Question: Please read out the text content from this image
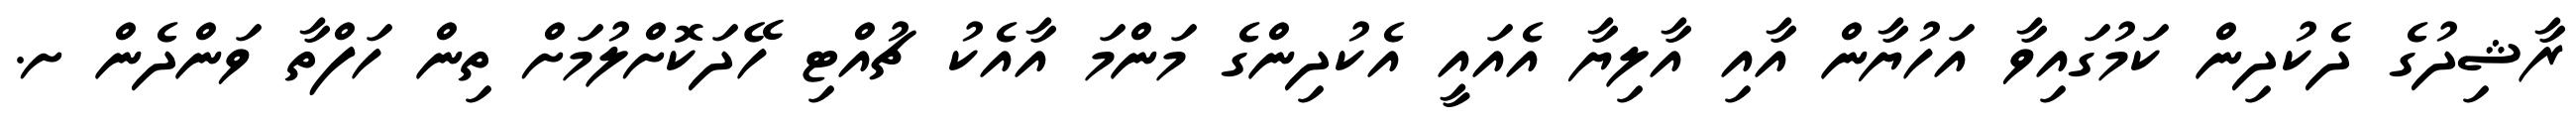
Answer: ރާޝިދުގެ ދެކުދިން ކަމުގައިވާ އަހުޔާން އާއި އާލިޔާ އެއައީ އެކުދިންގެ މަންމަ އާއެކު ޗުއްޓި ހޭދަކޮށްލުމަށް ތިން ހަފްތާ ވަންދެން ށ.